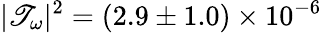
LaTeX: |\mathscr{T}_{\omega}|^{2}=(2.9\pm1.0)\times10^{-6}